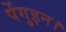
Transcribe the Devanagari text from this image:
पेंगुइन।